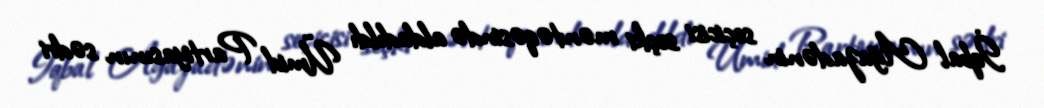
İqbal Ağazadənin seçicisi seçki məntəqəsində aldadıldı Ümid Partiyasının sədri